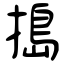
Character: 搗